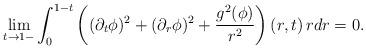
LaTeX: \begin{align*}\lim_{t\to 1-} \int_0^{1-t}\left((\partial_t\phi)^2+(\partial_r\phi)^2+\frac{g^2(\phi)}{r^2}\right)(r,t)\,rdr=0.\end{align*}